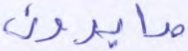
صابرون